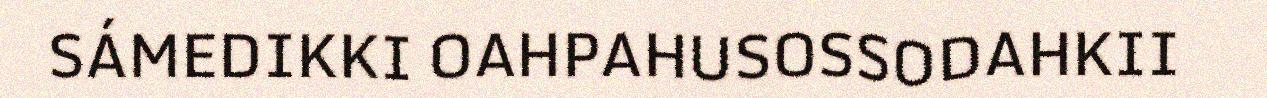
SÁMEDIKKI OAHPAHUSOSSODAHKII